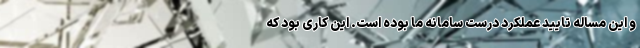
و این مساله تایید عملکرد درست سامانه ما بوده است. این کاری بود که